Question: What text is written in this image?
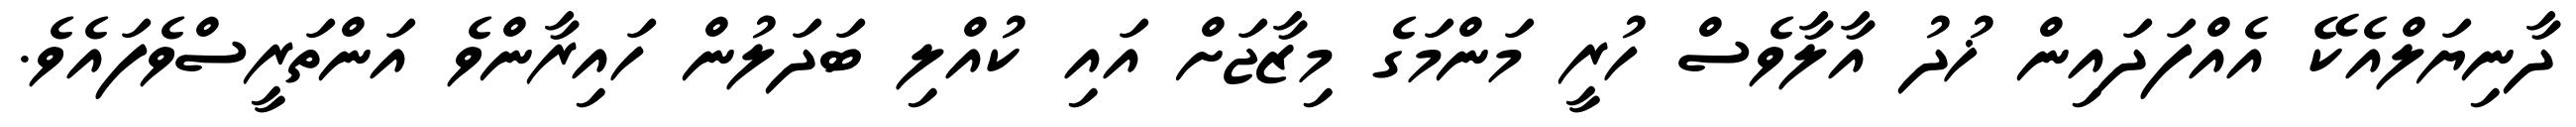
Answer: ދާނިޔަލްއެކޭ އެއްފަދައިން ޚުދު އާލާވެސް ހުރީ މަންމަގެ މިޒާޖަށް އައި ކުއްލި ބަދަލުން ހައިރާންވެ އަންތަރީސްވެފައެވެ.